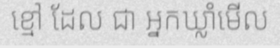
ខ្មៅ ដែល ជា អ្នកឃ្លាំមើល